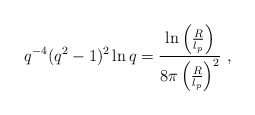
\begin{align*}q^{-4}(q^2-1)^2\ln q=\frac{\ln\left(\frac{R}{l_p}\right)}{8\pi\left(\frac{R}{l_p}\right)^2}~,\end{align*}